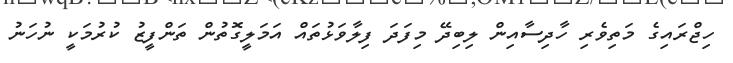
ހިޖްރައިގެ މަތިވެރި ހާދިސާއިން ލިބިދޭ މިފަދަ ފިލާވަޅުތައް އަމަލީގޮތުން ތަންފީޒު ކުރުމަކީ ނުހަނު